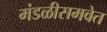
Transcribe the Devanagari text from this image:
मंडळीसमवेत